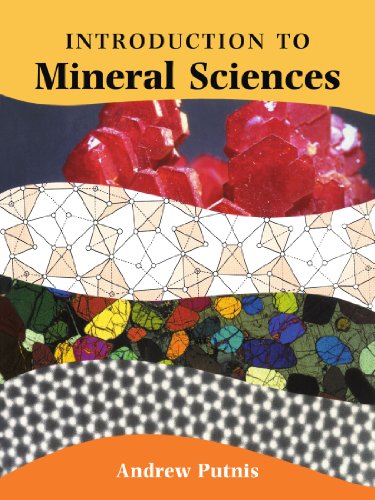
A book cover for An Introduction to Mineral Sciences; Andrew Putnis; Science & Math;